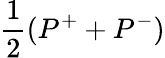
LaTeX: \frac{1}{2}(P^{+}+P^{-})